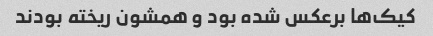
کیک‌ها برعکس شده بود و همشون ریخته بودند